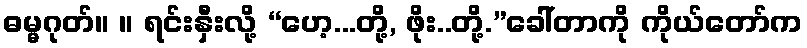
ဓမ္မဂုတ်။ ။ ရင်းနှီးလို့ “ဟေ့...တို့, ဖိုး..တို့.”ခေါ်တာကို ကိုယ်တော်က